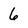
Character: 6